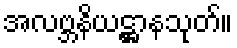
အလဗ္ဘနိယဋ္ဌာနသုတ်။